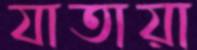
যাতায়া